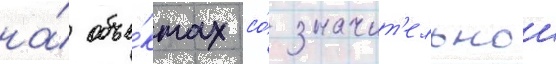
на́ объе́ктах со́ значит'ельнои